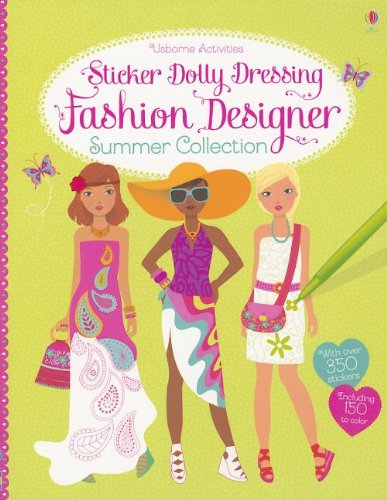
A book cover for Fashion Designer Summer Collection (Sticker Dolly Dressing); Fiona Watt; Arts & Photography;